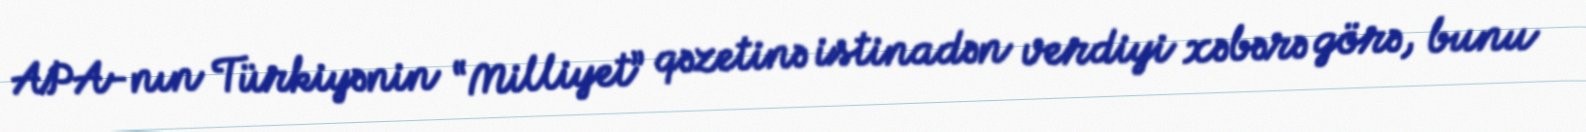
APA-nın Türkiyənin “Milliyet” qəzetinə istinadən verdiyi xəbərə görə, bunu